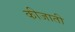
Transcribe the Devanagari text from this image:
कीजाती